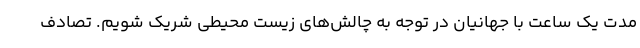
مدت یک ساعت با جهانیان در توجه به چالش‌های زیست محیطی شریک شویم. تصادف